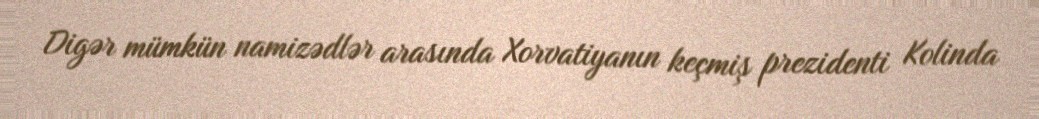
Digər mümkün namizədlər arasında Xorvatiyanın keçmiş prezidenti Kolinda